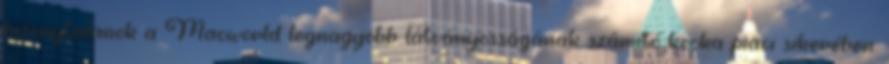
bizonytalanok a Macworld legnagyobb látványosságának számító kocka piaci sikerében.